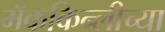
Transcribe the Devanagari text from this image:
मॅककिन्लीच्या